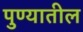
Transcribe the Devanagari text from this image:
पुण्‍यातील